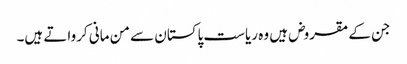
جن کے مقروض ہیں وہ ریاست پاکستان سے من مانی کرواتے ہیں۔